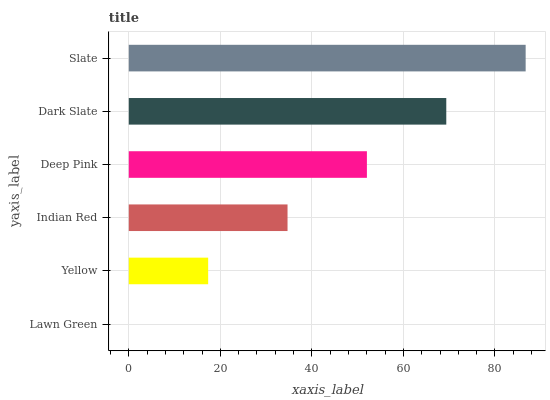
| yaxis_label | bars |
 | --- | --- |
 | Lawn Green | 0 |
 | Yellow | 17.3 |
 | Indian Red | 34.7 |
 | Deep Pink | 52 |
 | Dark Slate | 69.4 |
 | Slate | 86.7 |